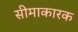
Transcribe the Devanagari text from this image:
सीमाकारक